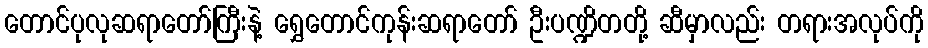
တောင်ပုလုဆရာတော်ကြီးနဲ့ ရွှေတောင်ကုန်းဆရာတော် ဦးပဏ္ဍိတတို့ ဆီမှာလည်း တရားအလုပ်ကို